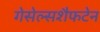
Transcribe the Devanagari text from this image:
गेसेल्सशैफटेन